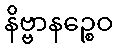
နိဗ္ဗာနဉ္စေဝ